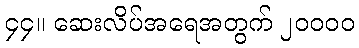
၄၄။ ဆေးလိပ်အရေအတွက် ၂၀၀၀၀